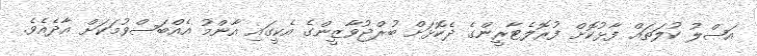
އަޞްލު ކުލަތައް ފާޅުކޮށް ފުރޮލެޓާރީންގެ ދެކޮޅަށް ބުރްޖުވާޒީންގެ އެކީގައި އާންމު އެއްބަސްވުމަކަށް އާދެއެވެ.